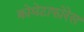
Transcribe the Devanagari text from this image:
क्रोमेटाफोरेस